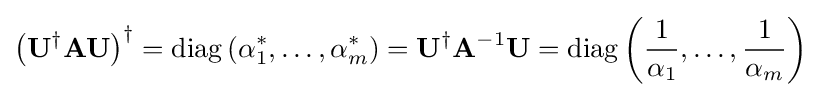
\left(\mathbf {U} ^{\dagger }\mathbf {A} \mathbf {U} \right)^{\dagger }=\operatorname {diag} \left(\alpha _{1}^{*},\ldots ,\alpha _{m}^{*}\right)=\mathbf {U} ^{\dagger }\mathbf {A} ^{-1}\mathbf {U} =\operatorname {diag} \left({\frac {1}{\alpha _{1}}},\ldots ,{\frac {1}{\alpha _{m}}}\right)